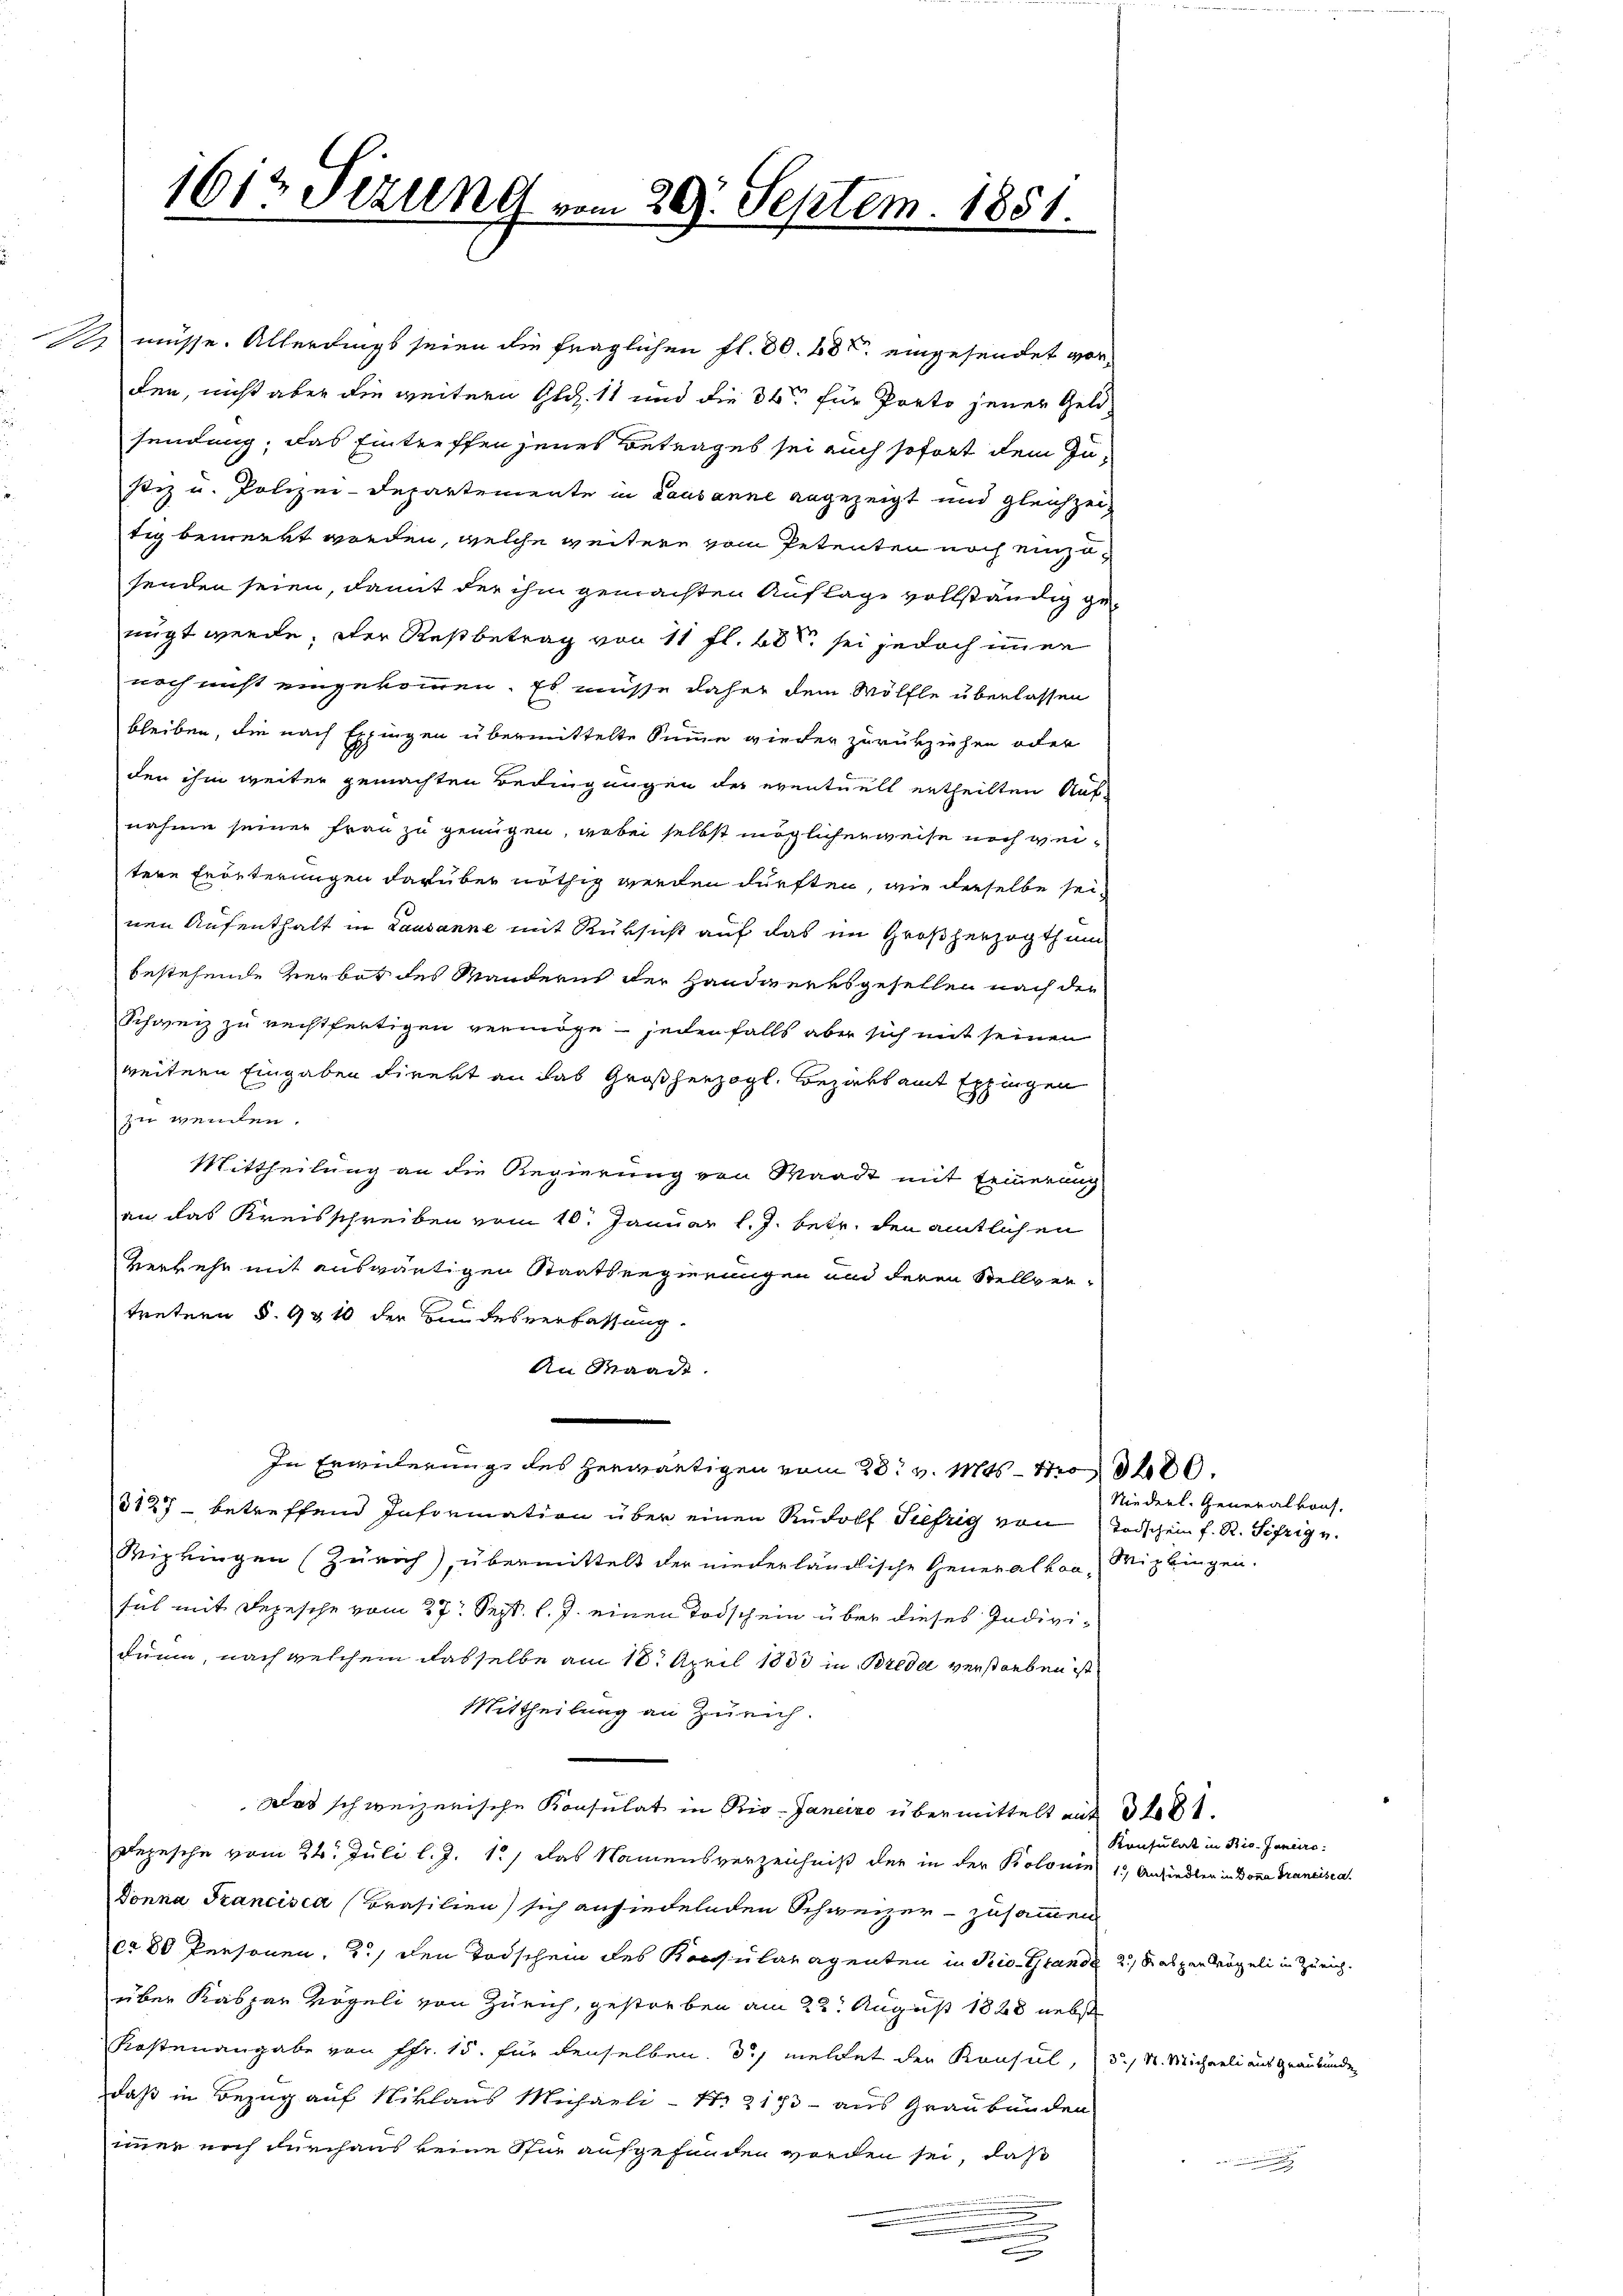
1612 Tizung vom 29. Septem. 1851.

K. müsse. Allerdings seien die fraglichen fl. 80. 48 eingesendet vor-
den, nicht aber die weitern Glez. 11 und die 34 für Porto jener Geld-
sendung, das Eintreffen jenes Betrages sei auch sofort dem Zustiz u. Polizei-Departemente in Lausanne angezeigt und gleichzeitig bemerkt worden, welche weitere vom Petenten noch einzusenden seien, damit der ihm gemachten Auflage vollständig genügt werde, der Restbetrag von 11 fl. 60 sei jedoch immer
noch nicht eingekommen. Es müsse daher dem Wölfle überlassen
bleiben, die nach Expingen übermittelte Summe wieder zurückziehen oder
den ihm weiter gemachten Bedingungen des eventuell ertheilten Aufnahme seiner Frau zu genügen, wobei selbst möglicherweise noch weitere Erörterungen darüber nöthig werden dürften, wie derselbe seinen Aufenthalt in Lausanne mit Rüksicht auf das im Großherzogthum
bestehende verbot des Mandern der Handwerksgesellen nach der
Schweiz zu rechtfertigen vermöge – jedenfalls aber sich mit seinen
weitern Eingaben direkt an das Großherzogl. Bezirksamt Eppingen
zu wenden.
Mittheilung an die Regierung von Waadt mit Erinnerung
an das Kreisschreiben vom 10. Januar l. J. betr. den amtlichen
Verkehr mit auswärtigen Staatsregierungen und deren Stellver-
tretern § 93 10 der Kindesverfassung.
An Waadt.
.
In Erwiederung des herwärtigen vom 28. v. Mts. - 43680.
3127 - betreffend Information über einen Rudolf Tiefzig von Todschein f. R. Sifrig v.
Wipkingen (Zürich), übermittelt der niederländische Generalkoa-Wizbingen.
sich mit Depesche vom 27. Sept. l. J. einen Todschein über dieses Individuum, nach welchem dasselbe am 18. April 1883 in Breda verstorben ist
Mittheilung an Zürich.
Das schweizerische Konsulat in Rio-Janeiro übermittelt mit 3481.
Depesche vom 24. Juli l. J. 12, das Namensverzeichniß der in der Kolonin 1. Ansiedlen in Dona Tranciscat
Donna Francisca (Brasilien) sich ansiedelnden Schweizer - zusammen
cr 80 Personen, 2.) den Todschein des Konsularagenten in Prio-Grande 2, 8 abgen Vögeli in Zürich.
über Kaspar Vögeli von Zürich, gestorben am 22. August 1828 nebst
Kostenangabe von Fr. 15. für denselben. 3) meldet der Konsul, 3., St. Michaeli aus Graubünden
daß in Bezug auf Niklaus Michaeli - 4. 2173 - aus Graubünden
immer noch durchaus keine Stir aufgefunden worden sei, daß
.
.
n
.

Niederl. Generalkons

Konsulat in Bio-Janeiro

i